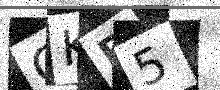
Text: GKB5